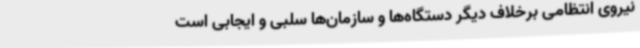
نیروی انتظامی برخلاف دیگر دستگاه‌ها و سازمان‌ها سلبی و ایجابی است